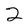
Character: 2